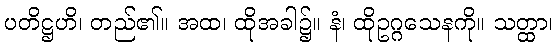
ပတိဋ္ဌဟိ၊ တည်၏။ အထ၊ ထိုအခါ၌။ နံ၊ ထိုဥဂ္ဂသေနကို။ သတ္ထာ၊